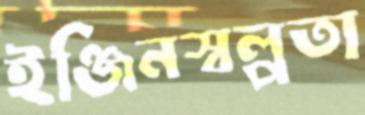
ইঞ্জিনস্বল্পতা